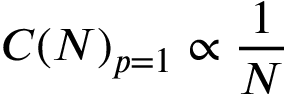
C ( N ) _ { p = 1 } \propto \frac { 1 } { N }